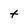
Character: t